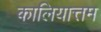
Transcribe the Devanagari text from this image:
कालियात्तम